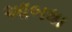
આબધા